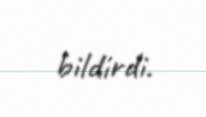
bildirdi.